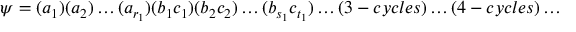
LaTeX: \psi = ( a _ { 1 } ) ( a _ { 2 } ) \dots ( a _ { r _ { 1 } } ) ( b _ { 1 } c _ { 1 } ) ( b _ { 2 } c _ { 2 } ) \dots ( b _ { s _ { 1 } } c _ { t _ { 1 } } ) \dots ( 3 - c y c l e s ) \dots ( 4 - c y c l e s ) \dots